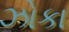
ઝોકા